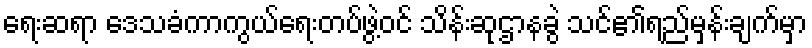
ရေးဆရာ ဒေသခံကာကွယ်ရေးတပ်ဖွဲ့ဝင် သိန်းဆုဌာနခွဲ သင်၏ရည်မှန်းချက်မှာ